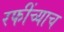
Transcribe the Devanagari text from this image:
रफींच्याच